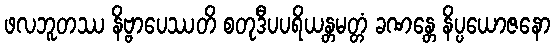
ဖလဘူတဿ နိဗ္ဗာပေဿတိ စတုဒီပပရိယန္တမတ္တံ ခဏန္တေ နိပ္ပယောဇနော